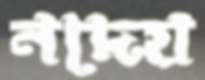
নদেয়